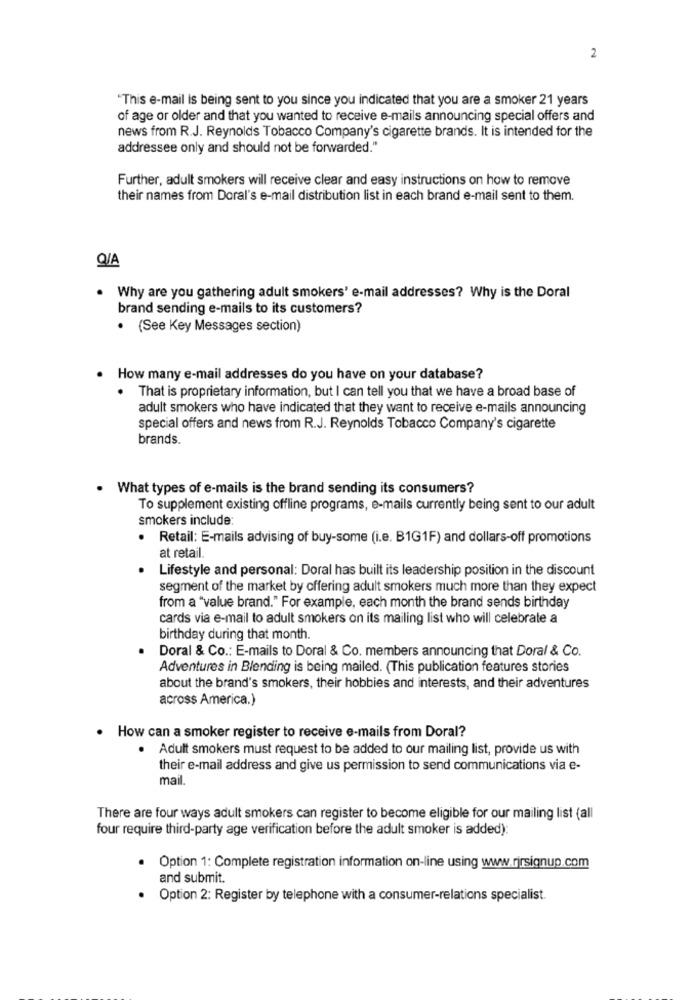
2
"This e-mail is being sent to you since you indicated that you are a smoker 21 years
of age or older and that you wanted to receive e-mails announcing special offers and
news from R.J. Reynolds Tobacco Company's cigarette brands. It is intended for the
addressee only and should not be forwarded."
Further, adult smokers will receive clear and easy instructions on how to remove
their names from Doral's e-mail distribution list in each brand e-mail sent to them.
Q/A
. Why are you gathering adult smokers' e-mail addresses? Why is the Doral
brand sending e-mails to its customers?
· (See Key Messages section)
. How many e-mail addresses do you have on your database?
. That is proprietary information, but I can tell you that we have a broad base of
adult smokers who have indicated that they want to receive e-mails announcing
special offers and news from R.J. Reynolds Tobacco Company's cigarette
brands.
. What types of e-mails is the brand sending its consumers?
To supplement existing offline programs, e-mails currently being sent to our adult
smokers include
· Retail: E-mails advising of buy-some (i.e. B1G1F) and dollars-off promotions
at retail.
Lifestyle and personal: Doral has built its leadership position in the discount
segment of the market by offering adult smokers much more than they expect
from a "value brand." For example, each month the brand sends birthday
cards via e-mail to adult smokers on its mailing list who will celebrate a
birthday during that month.
Doral & Co .: E-mails to Doral & Co. members announcing that Doral & Co.
Adventures in Blending is being mailed. (This publication features stories
about the brand's smokers, their hobbies and interests, and their adventures
across America.)
. How can a smoker register to receive e-mails from Doral?
. Adult smokers must request to be added to our mailing list, provide us with
their e-mail address and give us permission to send communications via e-
mail.
There are four ways adult smokers can register to become eligible for our mailing list (all
four require third-party age verification before the adult smoker is added):
.
Option 1: Complete registration information on-line using www.rirsignup.com
and submit.
Option 2: Register by telephone with a consumer-relations specialist.